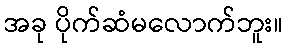
အခု ပိုက်ဆံမလောက်ဘူး။